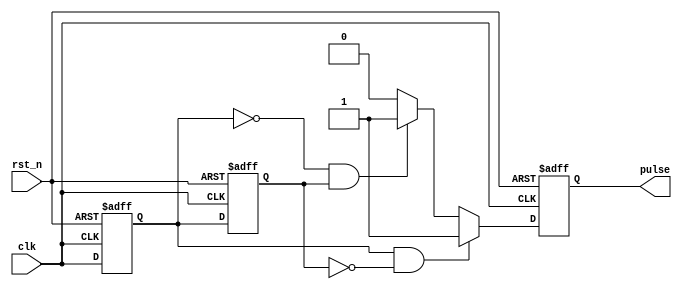
module pulse_edge_detector (
    input wire clk,          // Input signal
    input wire rst_n,       // Active low reset
    output reg pulse        // Output pulse signal
);

    // State registers
    reg previous_state;      // Holds the previous state of the input signal
    reg current_state;       // Holds the current state of the input signal

    // Sequential logic to capture the current state
    always @(posedge clk or negedge rst_n) begin
        if (!rst_n) begin
            previous_state <= 1'b0; // Initialize previous state to 0
            current_state <= 1'b0;  // Initialize current state to 0
            pulse <= 1'b0;          // Initialize pulse to 0
        end else begin
            previous_state <= current_state; // Update previous state to current
            current_state <= clk;              // Sample the current state of clk

            // Edge detection logic
            if (current_state && !previous_state) begin
                pulse <= 1'b1; // Rising edge detected
            end else if (!current_state && previous_state) begin
                pulse <= 1'b1; // Falling edge detected
            end else begin
                pulse <= 1'b0; // No edge detected
            end
        end
    end

endmodule